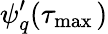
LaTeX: \psi_{q}^{\prime}(\tau_{\operatorname*{max}{}})